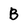
Character: B